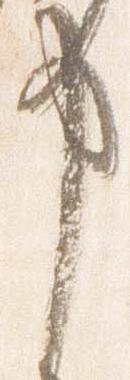
申